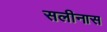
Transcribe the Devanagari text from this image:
सलीनास